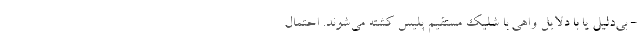
- بی‌دلیل یا با دلایل واهی با شلیک مستقیم پلیس کشته می‌شوند. احتمال